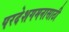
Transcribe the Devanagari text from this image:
परदेशगमनासाठी